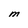
Character: M